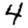
Digit: 4